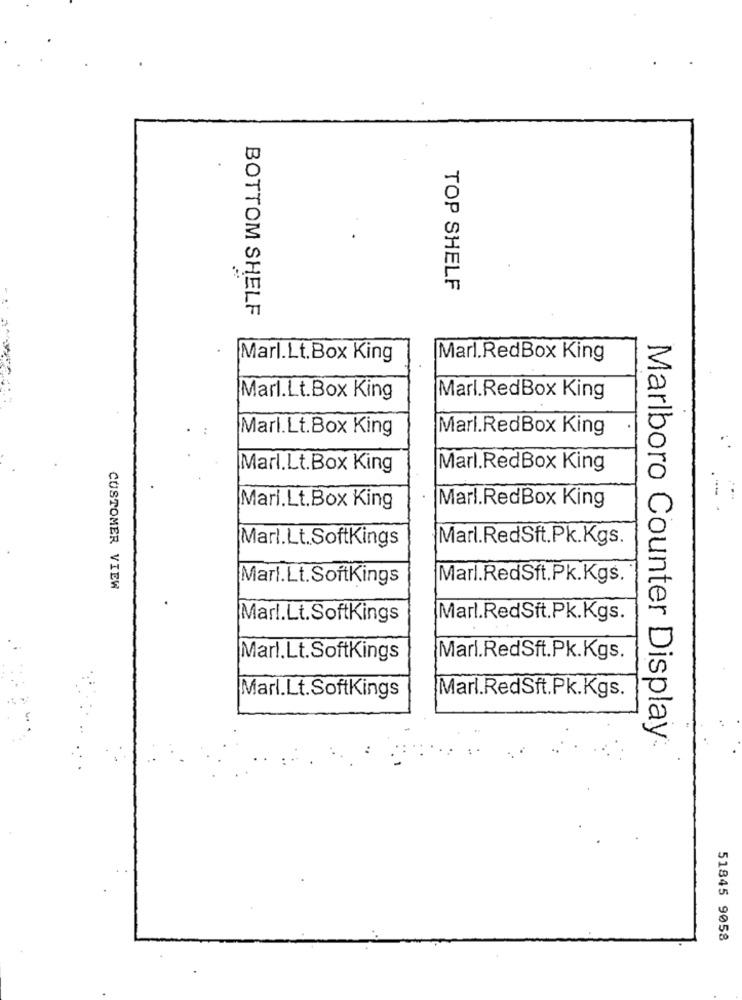
TOP SHELF
BOTTOM SHELF
Marl.Lt.Box King
Marl.RedBox King
Marl.L.t.Box King
Marl.RedBox King
Marl.Lt.Box King
Marl.RedBox King
Marl.Lt.Box King
Marl.RedBox King
Marl. RedBox King
Mari.Lt.Box King
Marl.Lt.SoftKings
Marl.RedSft.Pk.Kgs.
Marl.Lt.SoftKings
Marl.RedSft.Pk.Kgs.
CUSTOMER VIEW
Marl.Lt.SoftKings
Marl.RedSft.Pk.Kgs.
Marl.Lt.SoftKings
Marl.RedSft.Pk.Kgs.
Marl.Lt.SoftKings
Marl.RedSft.Pk.Kgs.
Marlboro Counter Display
51845 9058